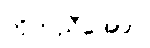
ကိုက်ညီအောင်